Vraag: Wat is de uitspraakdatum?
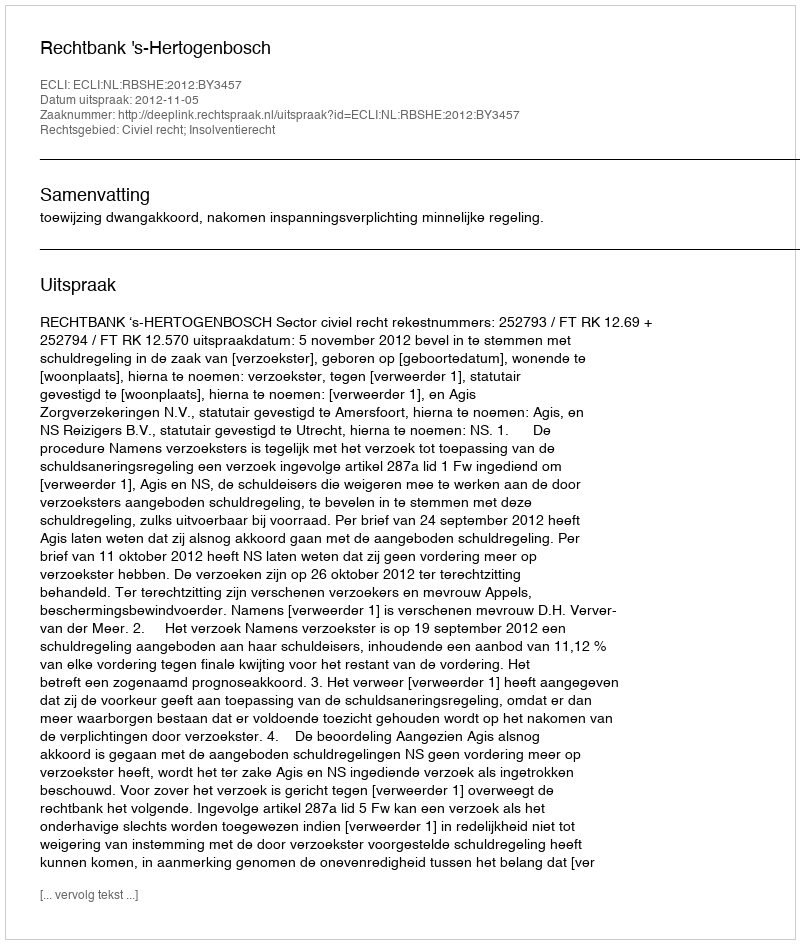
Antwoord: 2012-11-05